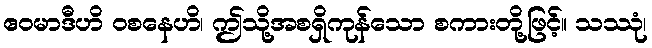
ဧဝမာဒီဟိ ဝစနေဟိ၊ ဤသို့အစရှိကုန်သော စကားတို့ဖြင့်။ သဿုံ၊